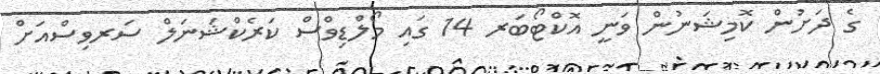
ގެ ދަށުން ކޮމިޝަނުން ވަނީ އޮކްޓޯބަރ 14 ގައި މޯލްޑިވްސް ކަރެކްޝަނަލް ސަރވިސްއަށް